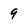
Character: q